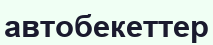
автобекеттер